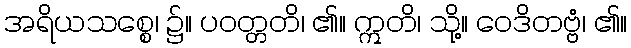
အရိယသစ္စေ၊ ၌။ ပဝတ္တတိ၊ ၏။ ဣတိ၊ သို့။ ဝေဒိတဗ္ဗံ၊ ၏။